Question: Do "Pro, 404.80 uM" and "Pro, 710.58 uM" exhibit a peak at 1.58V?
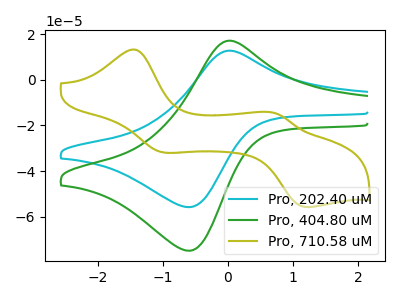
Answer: <think>The cyan curve "Pro, 202.40 uM" has an anodic peak at (0.05V, 12.75uA) and a cathodic peak at (-0.60V, -55.80uA). The green curve "Pro, 404.80 uM" has an anodic peak at (0.05V, 17.10uA) and a cathodic peak at (-0.60V, -74.90uA). The olive curve "Pro, 710.58 uM" has anodic peaks at (-1.45V, 13.20uA) (0.70V, -14.50uA) and cathodic peaks at (-1.00V, -31.90uA) (1.20V, -55.75uA).</think>
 <answer>No, "Pro, 404.80 uM" and "Pro, 710.58 uM" dont share a peak at 1.58V.</answer>
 <eval>mismatch</eval>